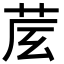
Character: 𦮈